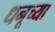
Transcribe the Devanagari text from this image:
धनूच्या